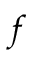
f